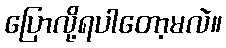
ပြောလို့ရပါတော့မလဲ။